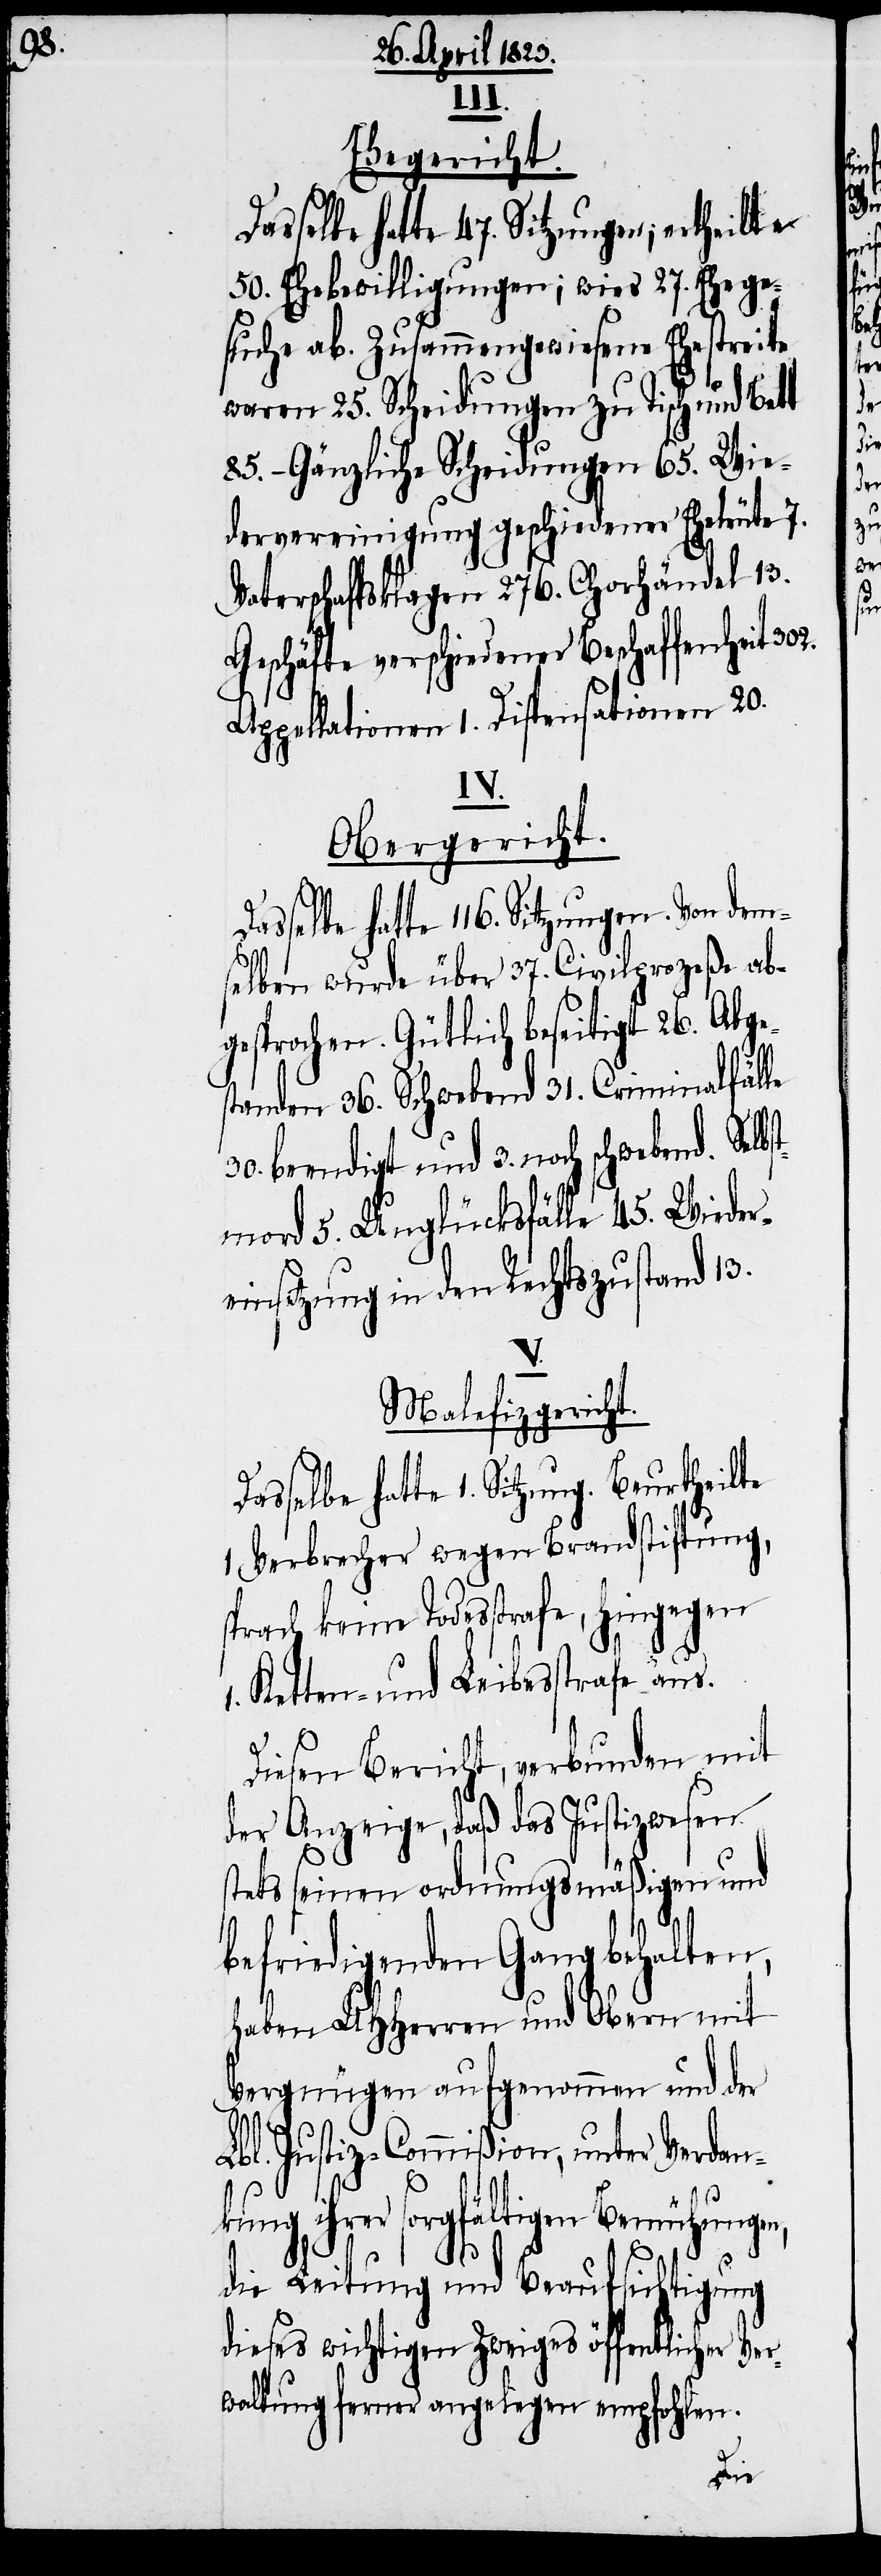
gen,

302.
Ehegericht.
Dasselbe hatte 1. Sitzung. Beurtheilte
50. Ehebewilligungen; wies 27. Ehege¬
suche ab. Zusammengewiesene Ehestreite
waren 25. Scheidungen zu Tisch und Bett
85. – Gänzliche Scheidungen 65. Wie¬
dervereinigung geschiedener Eheleute 7.
Vaterschaftsklagen 276. Chorhändel 13.
Geschäfte verschiedener Beschaffenheit
Appellationen 1. Dispensationen 20.
1.
Obergericht.
selbe hatte 116. Sitzungen. Von dem¬
selben wurde über 37. Civilprozeße ab¬
gesprochen. Gütlich beseitigt 26. Abge¬
standen 36. Schwebend 31. Criminalfälle
30. beendigt und 3. noch schwebend.
tmord 5. Unglücksfälle 45. Wieder¬
einsetzung in den Rechtszustand 13.
Malefizgericht.
1 Verbrecher wegen Brandstiftung,
sprach keine Todesstrafe, hingegen
Ketten- und Leibesstrafe aus.
Diesen Bericht, verbunden mit
der Anzeige, daß das Justizwesen
stets seinen ordnungsmäßigen und
befriedigenden Gang behalten,
haben UHHerren und Obern mit
Vergnügen aufgenommen und der
Lbl. Justiz-Commißion, unter Verdan¬
ihrer sorgfältigen Bemühun¬
die Leitung und Beaufsichtigung
dieses wichtigen Zweiges öffentlicher Ver¬
waltung ferner angelegen empfohlen.
kung